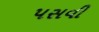
પસવી